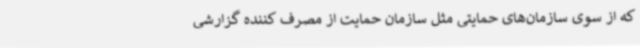
که از سوی سازمان‌های حمایتی مثل سازمان حمایت از مصرف کننده گزارشی